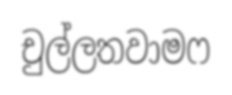
චුල්ලතවාමෆ